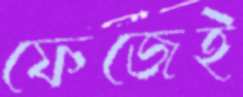
ফেজেই